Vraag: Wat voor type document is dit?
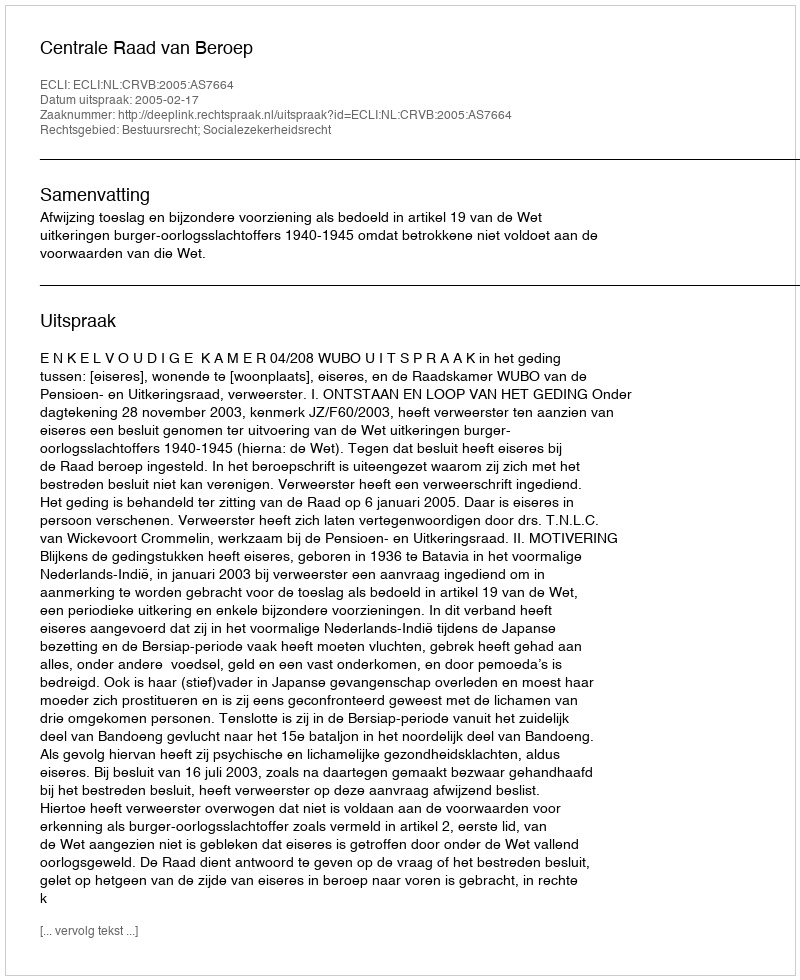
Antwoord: Uitspraak